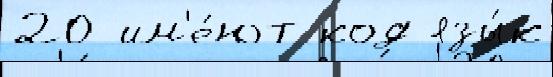
20 им'е́ют код язы́к